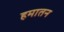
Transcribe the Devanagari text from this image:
हमातन